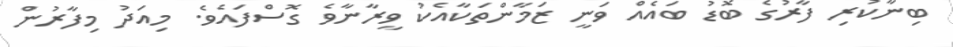
ބިނާކުރި ފާރުގެ ބޮޑު ބައެއް ވަނީ ޒަމާންތަކާއެކު ވީރާނާވެ ގޮސްފައެވެ. މިއަދު މިފާރުން